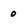
Character: 0